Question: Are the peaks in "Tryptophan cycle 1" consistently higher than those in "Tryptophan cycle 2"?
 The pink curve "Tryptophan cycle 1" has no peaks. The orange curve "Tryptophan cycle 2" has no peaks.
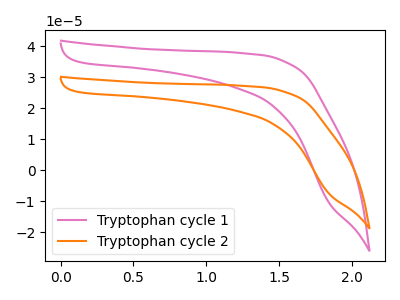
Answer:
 <answer>Niether CV has any peaks.</answer>
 <eval>blanks</eval>